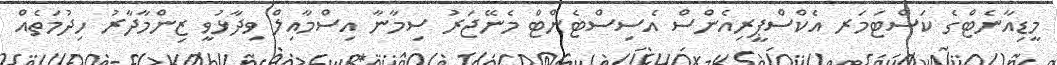
މީޑިއާނެޓްގެ ކަސްޓަމަރ އެކްސްޕީރިއެންސް އެސިސްޓެންޓް މެނޭޖަރު ސިމާނާ އިސްމާއިލް ވިދާޅުވީ ޒިންމާދާރު ހިދުމަތެއް